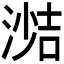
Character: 𪶼